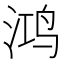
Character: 鸿